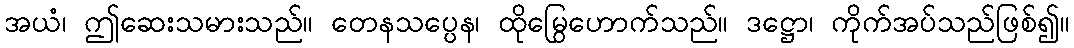
အယံ၊ ဤဆေးသမားသည်။ တေနသပ္ပေန၊ ထိုမြွေဟောက်သည်။ ဒဋ္ဌော၊ ကိုက်အပ်သည်ဖြစ်၍။